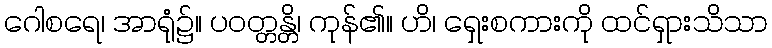
ဂေါစရေ၊ အာရုံ၌။ ပဝတ္တန္တိ၊ ကုန်၏။ ဟိ၊ ရှေးစကားကို ထင်ရှားသိသာ